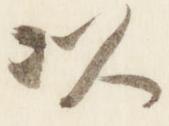
以